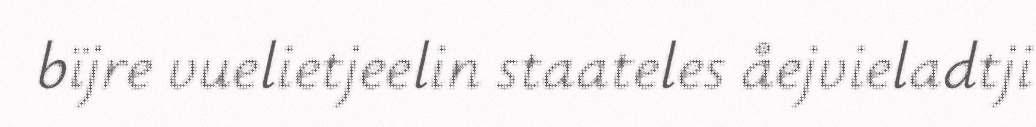
bïjre vuelietjeelin staateles åejvieladtji